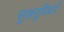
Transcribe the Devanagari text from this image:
सुखसुविधाएँ